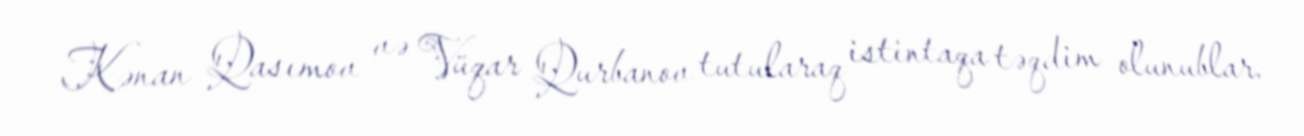
Kənan Qasımov və Vüqar Qurbanov tutularaq istintaqa təqdim olunublar.